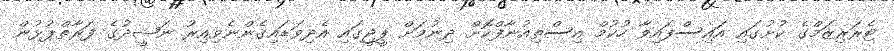
ޓެރަރިޒަމްގެ ކުށުގައި އައިސްފައިވާ ހުކުމް އިސްތިއުނާފްކޮށް ދިނުމަށް ޕީޖީގައި އެދިވަޑައިގެންނެވިއިރު ނަޝީދުގެ ފަރާތްޕުޅުން